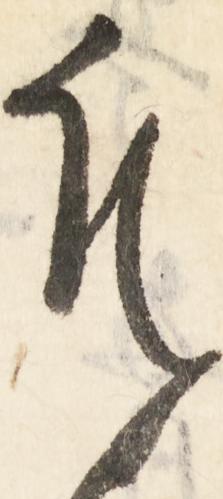
近